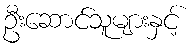
ဦးဆောင်သူများနှင့်